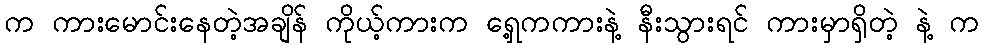
က ကားမောင်းနေတဲ့အချိန် ကိုယ့်ကားက ရှေ့ကကားနဲ့ နီးသွားရင် ကားမှာရှိတဲ့ နဲ့ က